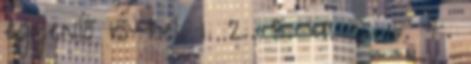
egyenlő 15-tel. 1. 2. 3. 4. 5. 6. 7.